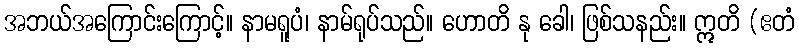
အဘယ်အကြောင်းကြောင့်။ နာမရူပံ၊ နာမ်ရုပ်သည်။ ဟောတိ နု ခေါ၊ ဖြစ်သနည်း။ ဣတိ (ဧတံ